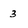
Character: 3